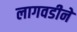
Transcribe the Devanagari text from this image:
लागवडीने